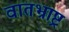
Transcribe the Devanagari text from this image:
वातभ्राष्ट्र